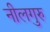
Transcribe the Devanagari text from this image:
नीलगुरु